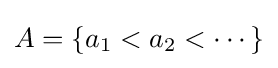
A=\{a_{1}<a_{2}<\cdots \}